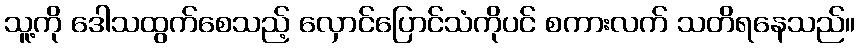
သူ့ကို ဒေါသထွက်စေသည့် လှောင်ပြောင်သံကိုပင် စကားလက် သတိရနေသည်။